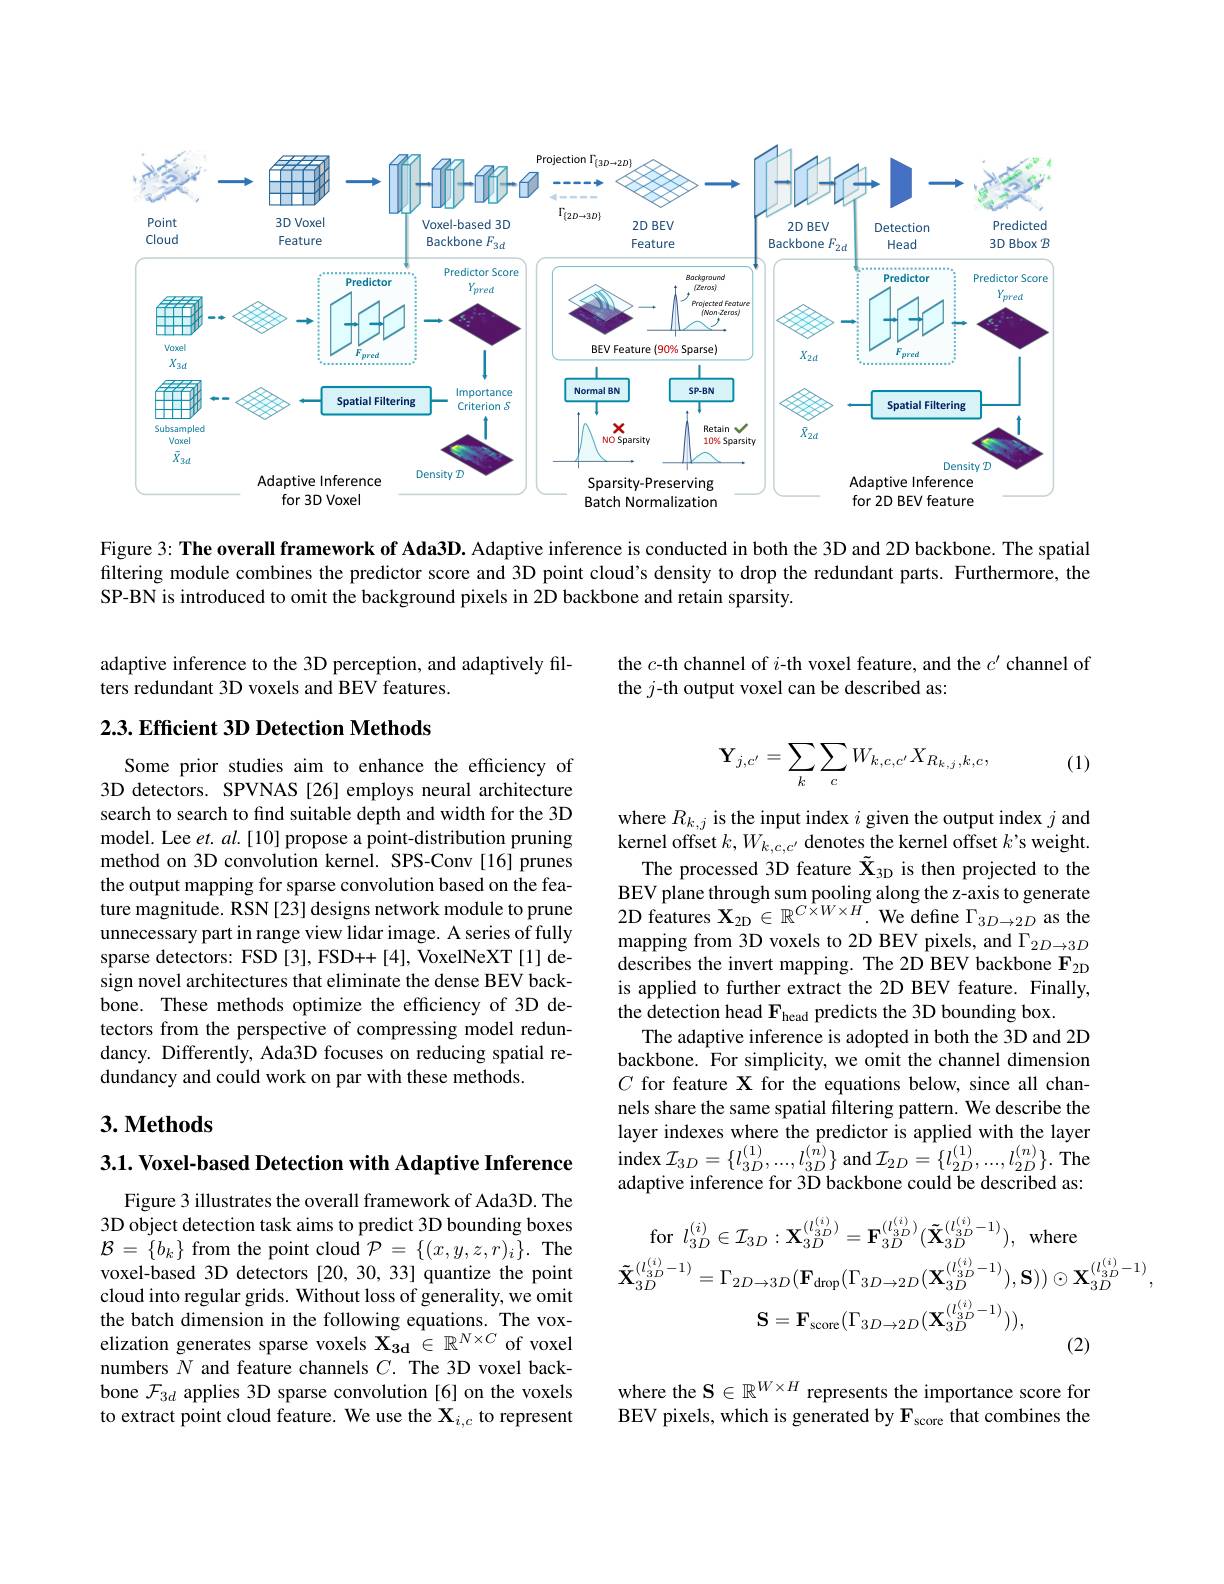
<FigureHere>

Figure 3: The overall framework of Ada3D. Adaptive inference is conducted in both the 3D and 2D backbone. The spatial filtering module combines the predictor score and 3D point cloud's density to drop the redundant parts. Furthermore, the SP-BN is introduced to omit the background pixels in 2D backbone and retain sparsity.

adaptive inference to the 3D perception, and adaptively fil-
ters redundant 3D voxels and BEV features.

the $c$-th channel of $i$-th voxel feature, and the $c^\prime$ channel of
the $j$-th output voxel can be described as:

### $2. 3. \textbf{Efficient 3D Detection Methods}$

(1)
$$\mathbf{Y}_{j,c'}=\sum_{k}\sum_{c}W_{k,c,c'}X_{R_{k,j},k,c},$$
Some prior studies aim to enhance the efficiency of 3D detectors. SPVNAS [26] employs neural architecture search to search to find suitable depth and width for the 3D model. Lee $et.al.[10]$ propose a point-distribution pruning method on 3D convolution kernel. SPS-Conv[16] prunes the output mapping for sparse convolution based on the feature magnitude. RSN[23] designs network module to prune unnecessary part in range view lidar image. A series of fully sparse detectors: FSD [3], FSD++[4], VoxelNeXT[1] design novel architectures that eliminate the dense BEV backbone. These methods optimize the efficiency of 3D detectors from the perspective of compressing model redundancy. Differently, Ada3D focuses on reducing spatial redundancy and could work on par with these methods.

where $R_k,j$ is the input index $i$ given the output index $j$ and kernel offset $k,W_{k,c,c^{\prime}}$ denotes the kernel offset $k’$s weight.
The processed 3D feature $\tilde{\mathbf{X}}_\mathrm{3D}$ is then projected to the $\begin{array}{l}{\mathrm{BEV~plane~through~sum~pooling~along~the~z-axis~to~generate}}\\{2\mathrm{D~features~X_{2D}\in~R^{C\times W\times H}.~We~define~}\Gamma_{3D\to2D~as~the}}\end{array}$ $\operatorname*{mapping~from~3D~voxels~to~2D~BEV~pixels,~and~}\Gamma_{2D\to3D}$ describes the invert mapping. The 2D BEV backbone $\mathbf{F}_{2\mathrm{D}}$ is applied to further extract the 2D BEV feature. Finally, the detection head $\mathbf{F}_{\mathrm{head}}$ predicts the 3D bounding box.
The adaptive inference is adopted in both the 3D and 2D backbone. For simplicity, we omit the channel dimension $C$ for feature X for the equations below, since all channels share the same spatial filtering pattern. We describe the layer indexes where the predictor is applied with the layer $\operatorname*{index}\mathcal{I}_{3D}=\{l_{3D}^{(1)},...,l_{3D}^{(n)}\}$ and$\mathcal{I}_2D=\{l_{2D}^{(1)},...,l_{2D}^{(n)}\}.$The adaptive inference for 3D backbone could be described as:

## $3. \textbf{ Methods}$

$3. 1. \textbf{ Voxel- based Detection with Adaptive Inference}$
$$\mathrm{for}\:l_{3D}^{(i)}\in\mathcal{I}_{3D}:\mathbf{X}_{3D}^{(l_{3D}^{(i)})}=\mathbf{F}_{3D}^{(l_{3D}^{(i)})}(\mathbf{\tilde{X}}_{3D}^{(l_{3D}^{(i)}-1)}),\:\mathrm{where}\\\mathbf{\tilde{X}}_{3D}^{(l_{3D}^{(i)}-1)}=\Gamma_{2D\to3D}(\mathbf{F}_{\mathrm{drop}}(\Gamma_{3D\to2D}(\mathbf{X}_{3D}^{(l_{3D}^{(i)}-1)}),\mathbf{S}))\odot\mathbf{X}_{3D}^{(l_{3D}^{(i)}-1)},\\\mathbf{S}=\mathbf{F}_{\mathrm{score}}(\Gamma_{3D\to2D}(\mathbf{X}_{3D}^{(l_{3D}^{(i)}-1)})),$$
Figure 3 illustrates the overall framework of Ada3D. The 3D object detection task aims to predict 3D bounding boxes $\mathcal{B}=\left\{b_{k}\right\}$from the point cloud$\mathcal{P}=\left\{(x,y,z,r)_{i}\right\}.$The voxel-based 3D detectors [20,30,33] quantize the point cloud into regular grids. Without loss of generality, we omit the batch dimension in the following equations. The voxelization generates sparse voxels $\mathbf{X_{3d}}\in\mathbb{R}^{N\times C}$ of voxel numbers $N$ and feature channels $C.$ The 3D voxel backbone $\mathcal{F}_{3d}$ applies 3D sparse convolution [6] on the voxels to extract point cloud feature. We use the X$_i,c$ to represent

where the $\mathbf{S}\in\mathbb{R}^{W\times H}$ represents the importance score for BEV pixels, which is generated by $\mathbf{F}_{\mathrm{score}}$ that combines the